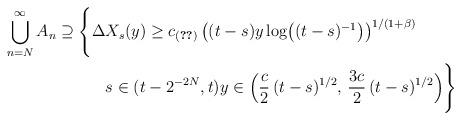
LaTeX: \begin{align*}\bigcup_{n=N}^{\infty}A_{n}\supseteq\Biggl\{\Delta &X_{s}(y)\geq c_{(\ref{100})}\left((t-s)y\log\bigl((t-s)^{-1}\bigr)\right)^{1/(1+\beta)}\\&s\in(t-2^{-2N},t)y\in\Big(\frac{c}{2}\,(t-s)^{1/2},\,\frac{3c}{2}\,(t-s)^{1/2}\Big)\Bigg\}\end{align*}